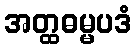
အတ္ထဓမ္မပဒံ